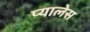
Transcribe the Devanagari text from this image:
प्यालेस